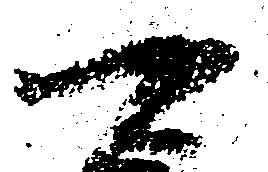
可